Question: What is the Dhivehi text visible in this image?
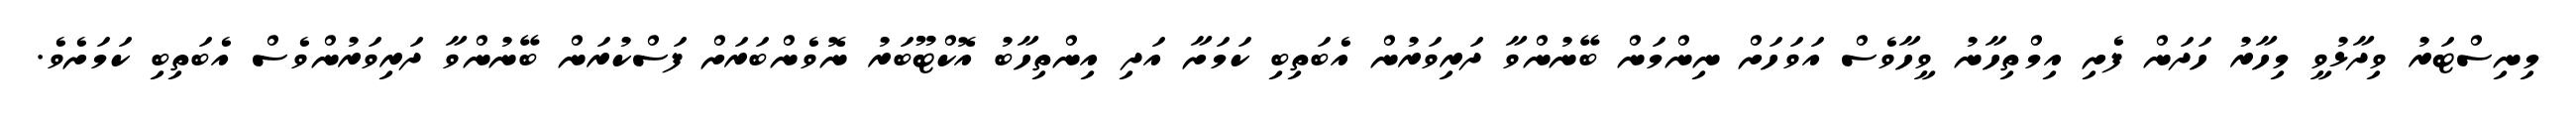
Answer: މިނިސްޓަރު ވިދާޅުވީ މިހާރު ހަދަން ފެށި އިމްތިހާނު ވީހާވެސް އަވަހަށް ނިންމަން ބޭނުންވާ ދަރިވަރުން އެބަތިބި ކަމަށާ އަދި އިންތިހާބު އޮކްޓޫބަރު ނޮވެންބަރަށް ފަސްކުރަން ބޭނުންވާ ދަރިވަރުންވެސް އެބަތިބި ކަމަށެވެ.